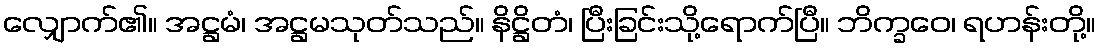
လျှောက်၏။ အဋ္ဌမံ၊ အဋ္ဌမသုတ်သည်။ နိဋ္ဌိတံ၊ ပြီးခြင်းသို့ရောက်ပြီ။ ဘိက္ခဝေ၊ ရဟန်းတို့။